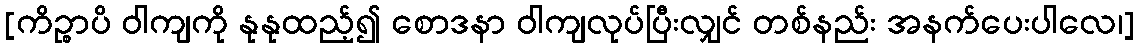
[ကိဉ္စာပိ ဝါကျကို နုနုထည့်၍ စောဒနာ ဝါကျလုပ်ပြီးလျှင် တစ်နည်း အနက်ပေးပါလေ၊]